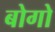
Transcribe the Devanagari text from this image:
बोगो